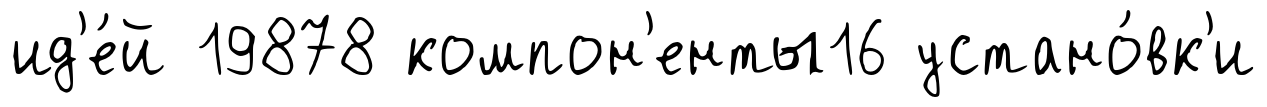
ид'е́й 19878 компон'енты16 устано́вк'и